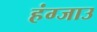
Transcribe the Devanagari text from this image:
हंग्जाउ